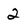
Character: 2